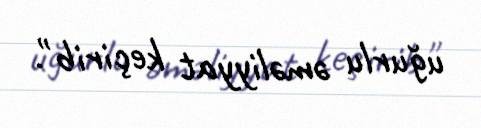
uğurlu əməliyyat keçirib".